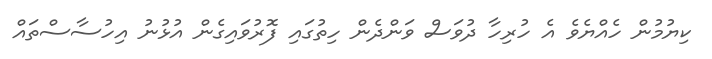
ކިޔުމުން ހެއްޔެވެ އެ ހުރިހާ ދުވަސް ވަންދެން ހިތުގައި ފޮރުވައިގެން އުޅުނު އިހުސާސްތައް